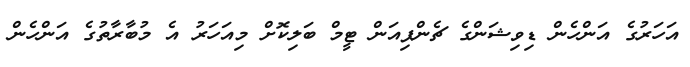
އަހަރުގެ އަންހެން ޑިވިޝަންގެ ޗެންޕިއަން ޓީމް ބަލިކޮށް މިއަހަރު އެ މުބާރާތުގެ އަންހެން